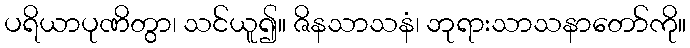
ပရိယာပုဏိတွာ၊ သင်ယူ၍။ ဇိနသာသနံ၊ ဘုရားသာသနာတော်ကို။